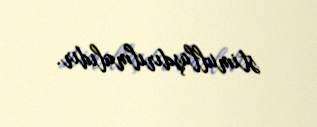
stimullaşdırılmalıdır.